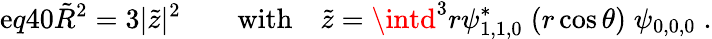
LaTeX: \mathrm{e}q40\tilde{{R}}^{2}=3|\tilde{{z}}|^{2}\qquad\mathrm{{with}}\quad\tilde{{z}}=\intd^{3}r\psi_{1,1,0}^{\ast}\; (r\cos\theta)\; \psi_{0,0,0}\; .